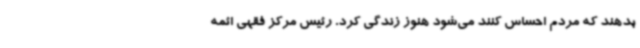
بدهند که مردم احساس کنند می‌شود هنوز زندگی کرد. رئیس مرکز فقهی ائمه